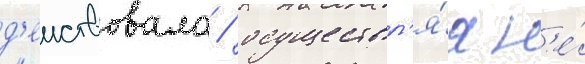
д'еиствовала / осуществл'я́я н'е́